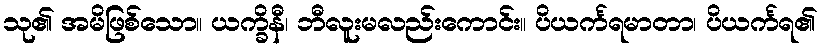
သု၏ အမိဖြစ်သော။ ယက္ခိနီ၊ ဘီလူးမလည်းကောင်း။ ပိယင်္ကရမာတာ၊ ပိယင်္ကရ၏